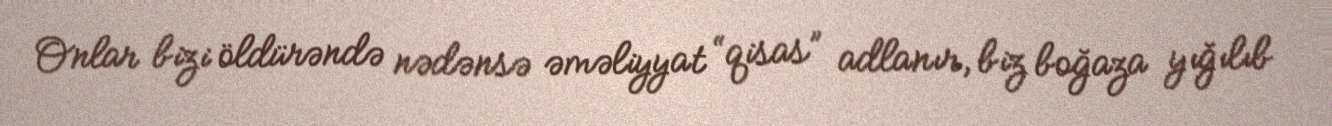
Onlar bizi öldürəndə nədənsə əməliyyat “qisas” adlanır, biz boğaza yığılıb